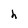
Character: h